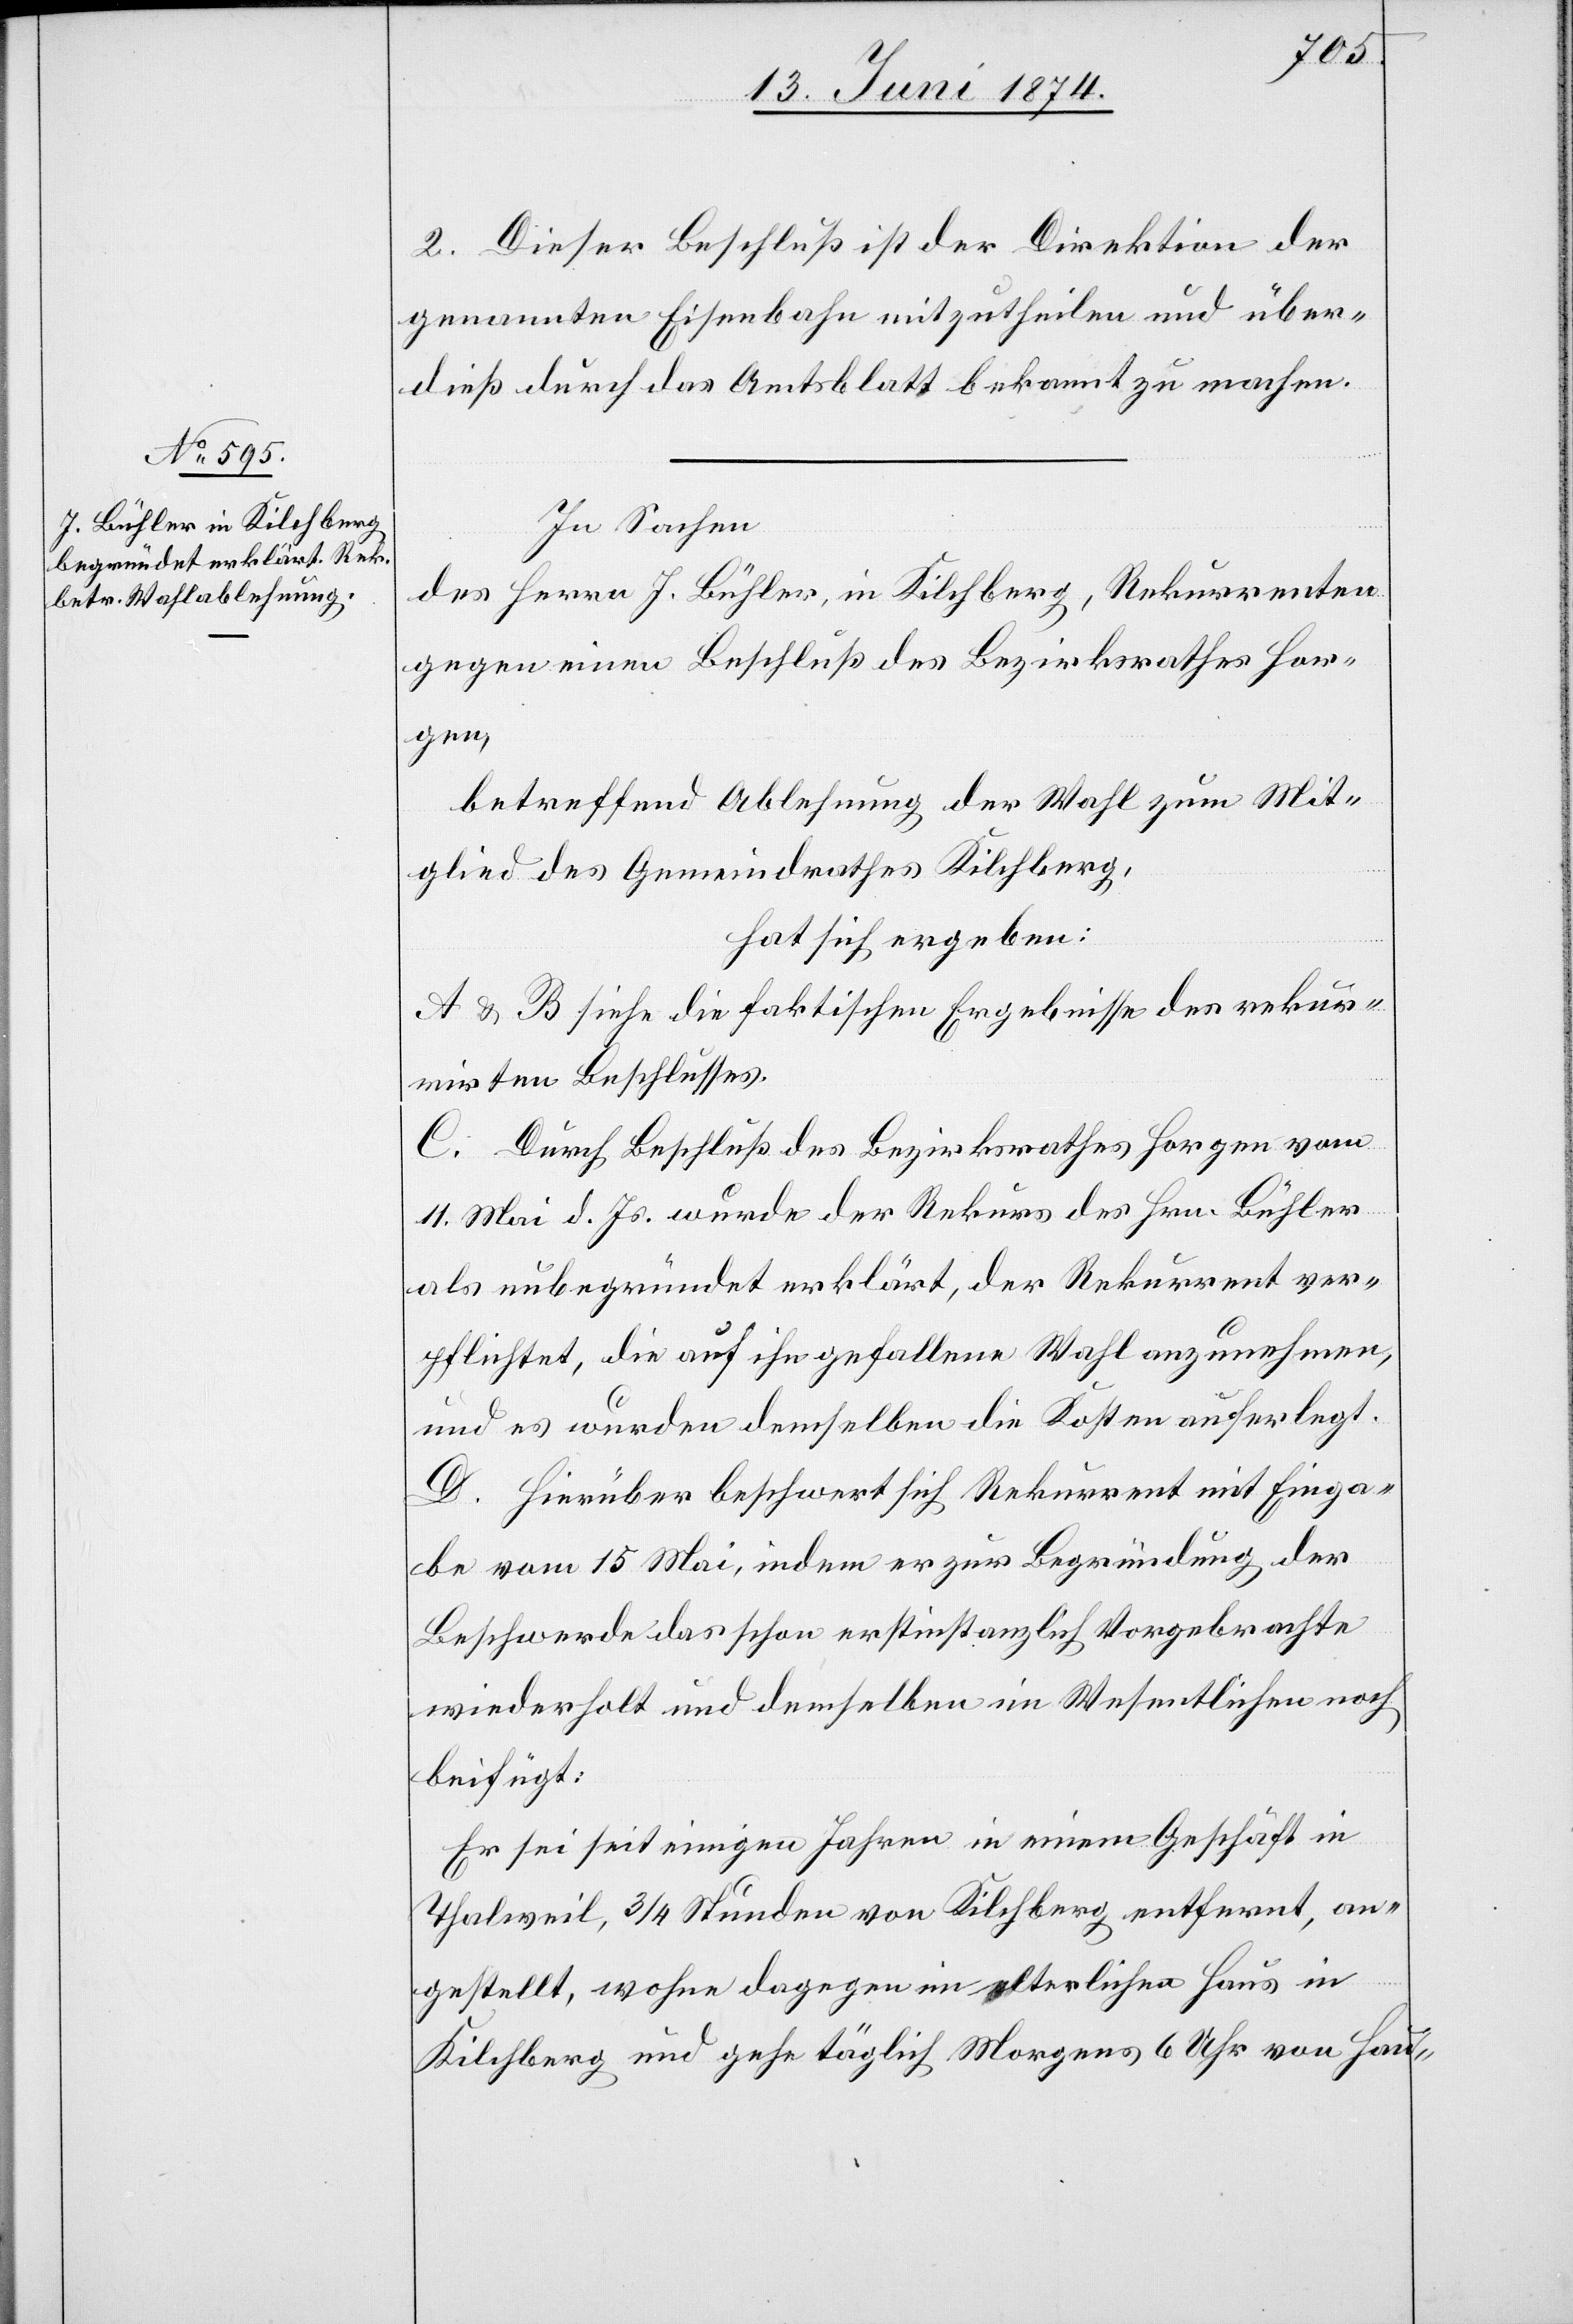
2. Dieser Beschluß ist der Direktion der
genannten Eisenbahn mitzutheilen und über¬
dieß durch das Amtsblatt bekannt zu machen.
In Sachen
des Herrn J. Bühler, in Kilchberg, Rekurrenten
gegen einen Beschluß des Bezirksrathes Hor¬
gen,
betreffend Ablehnung der Wahl zum Mit¬
glied des Gemeindrathes Kilchberg,
hat sich ergeben:
A u. B siehe die faktischen Ergebnisse des rekur¬
rirten Beschlusses.
C. Durch Beschluß des Bezirksrathes Horgen vom
11. Mai d. Js. wurde der Rekurs des Hrn. Bühler
als unbegründet erklärt, der Rekurrent ver¬
pflichtet, die auf ihn gefallene Wahl anzunehmen,
und es wurden demselben die Kosten auferlegt.
D. Hierüber beschwert sich Rekurrent mit Einga¬
be vom 15. Mai, indem er zur Begründung der
Beschwerde das schon erstinstanzlich Vorgebrachte
wiederholt und demselben im Wesentlichen noch
beifügt:
Er sei seit einigen Jahren in einem Geschäft in
Thalweil, 3/4 Stunden von Kilchberg entfernt, an¬
gestellt, wohne dagegen im elterlichen Haus in
Kilchberg und gehe täglich Morgens 6 Uhr von Hau-